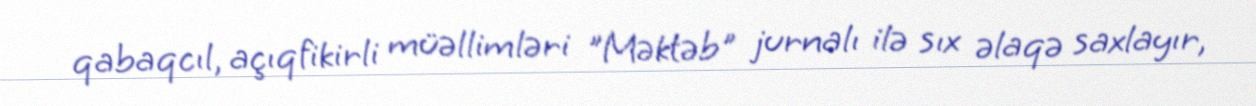
qabaqcıl, açıqfikirli müəllimləri "Məktəb" jurnalı ilə sıx əlaqə saxlayır,